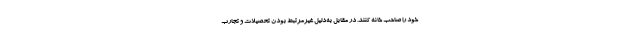
خود را صاحب خانه کنند. در مقابل به‌دلیل غیرمرتبط بودن تحصیلات و تجارب